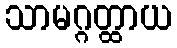
သာမဂ္ဂတ္ထာယ